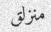
منزلق